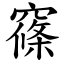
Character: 窱